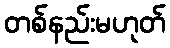
တစ်နည်းမဟုတ်